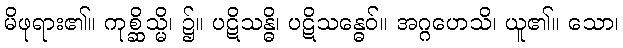
မိဖုရား၏။ ကုစ္ဆိသ္မိ၊ ၌။ ပဋိသန္ဓိ၊ ပဋိသန္ဓေဝ်။ အဂ္ဂဟေသိ၊ ယူ၏။ သော၊